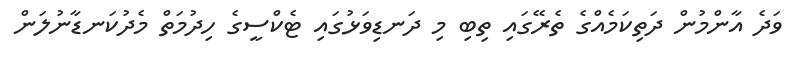
ވަދެ އާންމުން ދަތިކަމެއްގެ ތެރޭގައި ތިބި މި ދަނޑިވަޅުގައި ޓެކްސީގެ ހިދުމަތް މެދުކަނޑާނުލަން